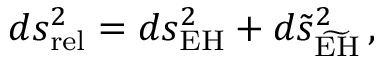
d s _ { \mathrm { r e l } } ^ { 2 } = d s _ { \mathrm { E H } } ^ { 2 } + d \tilde { s } _ { \widetilde { \mathrm { E H } } } ^ { 2 } \, ,